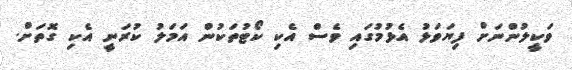
ވަކީލުންނަށް ފިޔަވަޅު އެޅުމުގައި ވެސް އެކި ކޯޓުތަކުން އަމަލު ކުރަނީ އެކި ގޮތަށް.